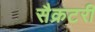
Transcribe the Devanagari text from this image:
सैक्रटरी